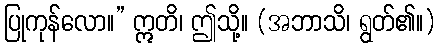
ပြုကုန်လော။” ဣတိ၊ ဤသို့။ (အဘာသိ၊ ရွတ်၏။)